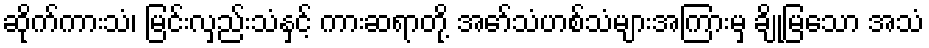
ဆိုက်ကားသံ၊ မြင်းလှည်းသံနှင့် ကားဆရာတို့ အော်သံဟစ်သံများအကြားမှ ချိုမြသော အသံ